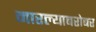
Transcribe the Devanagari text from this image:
मारल्याबरोबर